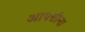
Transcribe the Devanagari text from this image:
आपत्तीना